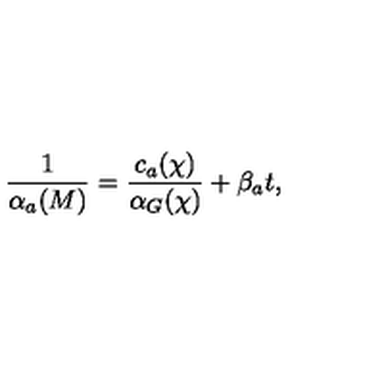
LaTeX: \frac { 1 } { \alpha _ { a } ( M ) } = \frac { c _ { a } ( \chi ) } { \alpha _ { G } ( \chi ) } + \beta _ { a } t ,